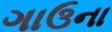
ગાઉના